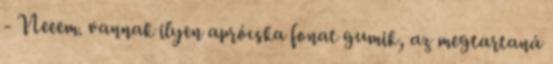
- Neeem. vannak ilyen aprócska fonat gumik, az megtartaná